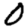
Digit: 0